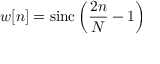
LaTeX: w [ n ] = \operatorname { s i n c } \left( { \frac { 2 n } { N } } - 1 \right)